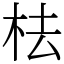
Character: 㭕